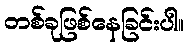
တစ်ခုဖြစ်နေခြင်းပါ။